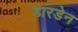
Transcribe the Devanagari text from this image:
डारडेन